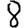
Digit: 8